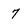
Character: 7